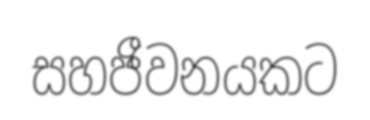
සහජීවනයකට